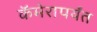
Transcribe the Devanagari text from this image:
कॅमेरापर्यंत